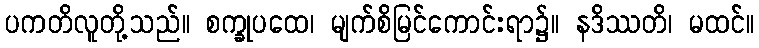
ပကတိလူတို့သည်။ စက္ခုပထေ၊ မျက်စိမြင်ကောင်းရာ၌။ နဒိဿတိ၊ မထင်။